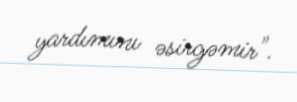
yardımını əsirgəmir".